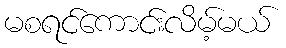
မစရင်ကောင်းလိမ့်မယ်